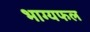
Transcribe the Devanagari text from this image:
भाग्यफल